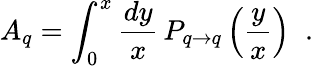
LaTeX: A_{q}=\int_{0}^{x}{\frac{dy}{x}}\, P_{q\rightarrow q}\left({\frac{y}{x}}\right)\; \; .